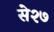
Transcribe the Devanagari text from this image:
से२७